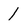
Character: 1